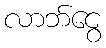
လာဘ်ငွေ